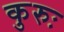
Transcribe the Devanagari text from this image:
कुरुः